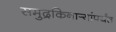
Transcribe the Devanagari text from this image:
समुद्रकिनार्‍यांपर्यंत